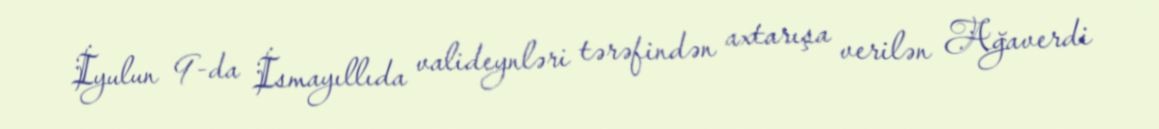
İyulun 9-da İsmayıllıda valideynləri tərəfindən axtarışa verilən Ağaverdi